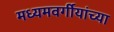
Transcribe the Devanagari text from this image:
मध्यमवर्गीयांच्या